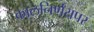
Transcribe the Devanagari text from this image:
कालनिर्णयपर